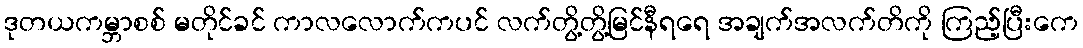
ဒုတယကမ္ဘာစစ် မတိုင်ခင် ကာလလောက်ကပင် လက်တွိ့တွိ့မြင်နီရရေ အချက်အလက်တိကို ကြည့်ပြီးကေ